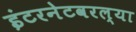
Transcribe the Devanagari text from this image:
इंटरनेटवरल्या